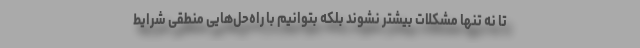
تا نه تنها مشکلات بیشتر نشوند بلکه بتوانیم با راه‌حل‌هایی منطقی شرایط